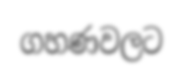
ගහණවලට